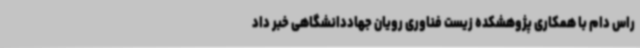
راس دام با همکاری پژوهشکده زیست فناوری رویان جهاددانشگاهی خبر داد